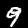
Label: 9